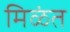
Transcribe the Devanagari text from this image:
मिळंत